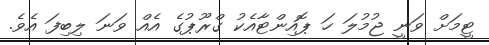
ޓީމަށް ވަނީ ޖުމުލަ ހަ ޕޮއިންޓާއެކު ގްރޫޕުގެ އެއް ވަނަ ލިބިފަ އެވެ.